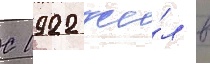
С 1922 жи́л в